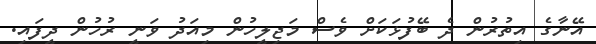
އޭނާގެ އިތުރުން ދެ ބޭފުޅަކަށް ވެސް މަޖިލީހުން މިއަދު ވަނީ ރުހުން ދީފައި.